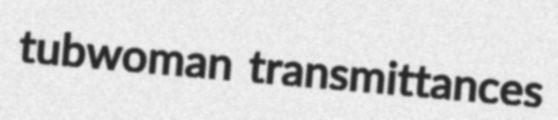
tubwoman transmittances